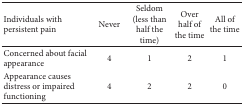
<table><thead><tr><td><b>Individuals with persistent pain</b></td><td><b>Never</b></td><td><b>Seldom(less than half the time)</b></td><td><b>Over half of the time</b></td><td><b>All of the time</b></td></tr></thead><tbody><tr><td>Concerned about facial appearance </td><td>4</td><td>1</td><td>2</td><td>1</td></tr><tr><td>Appearance causes distress or impaired functioning</td><td>4</td><td>2</td><td>2</td><td>0</td></tr></tbody></table>